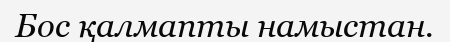
Бос қалмапты намыстан.